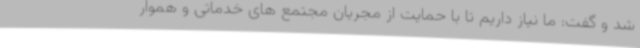
شد و گفت: ما نیاز داریم تا با حمایت از مجریان مجتمع های خدماتی و هموار